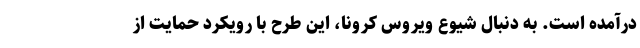
درآمده است. به دنبال شیوع ویروس کرونا، این طرح با رویکرد حمایت از